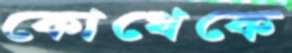
কোত্থেকে